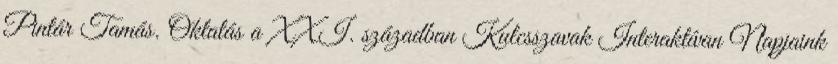
Pintár Tamás. Oktatás a XXI. században Kulcsszavak Interaktívan Napjaink